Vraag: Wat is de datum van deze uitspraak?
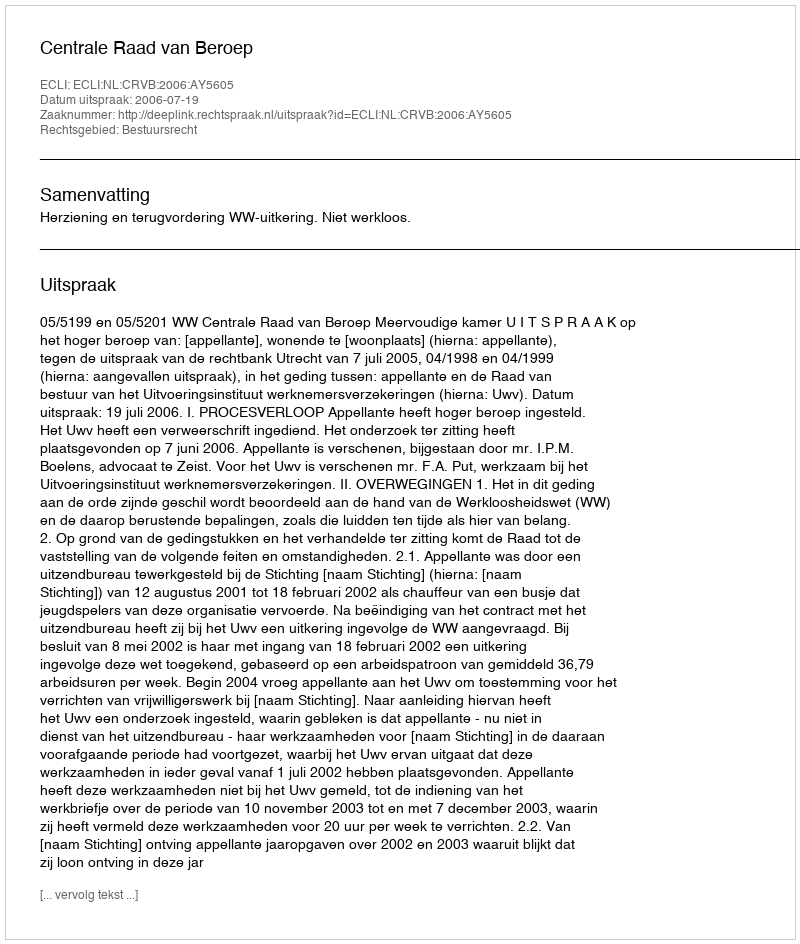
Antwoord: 2006-07-19